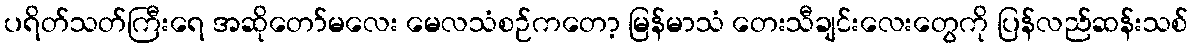
ပရိတ်သတ်ကြီးရေ အဆိုတော်မလေး မေလသံစဉ်ကတော့ မြန်မာသံ တေးသီချင်းလေးတွေကို ပြန်လည်ဆန်းသစ်